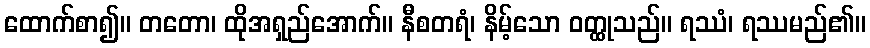
ထောက်စာ၍။ တတော၊ ထိုအရှည်အောက်။ နီစတရံ၊ နိမ့်သော ဝတ္ထုသည်။ ရဿံ၊ ရဿမည်၏။